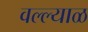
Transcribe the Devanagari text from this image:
वल्ल्याळ